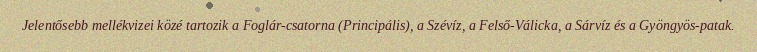
Jelentősebb mellékvizei közé tartozik a Foglár-csatorna (Principális), a Szévíz, a Felső-Válicka, a Sárvíz és a Gyöngyös-patak.